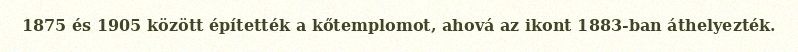
1875 és 1905 között építették a kőtemplomot, ahová az ikont 1883-ban áthelyezték.